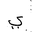
Letter: _ya